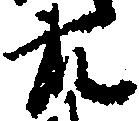
藤